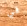
قي